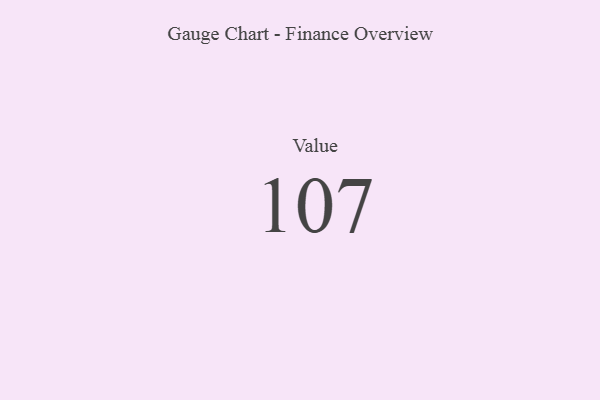
{"axis": {"x": "Metric", "y": "Value"}, "legend": [""], "data": [{"x": "Value", "y": 107, "type": ""}]}